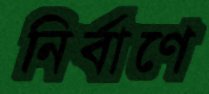
নির্বাণে